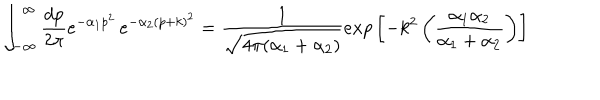
\int _ { - \infty } ^ { \infty } { \frac { d p } { 2 \pi } } e ^ { - \alpha _ { 1 } p ^ { 2 } } \, e ^ { - \alpha _ { 2 } ( p + k ) ^ { 2 } } = { \frac { 1 } { \sqrt { 4 \pi ( \alpha _ { 1 } + \alpha _ { 2 } ) } } } e x p \left[ - k ^ { 2 } \left( { \frac { \alpha _ { 1 } \alpha _ { 2 } } { \alpha _ { 1 } + \alpha _ { 2 } } } \right) \right]